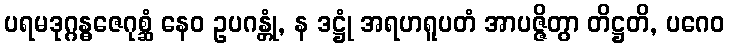
ပရမဒုဂ္ဂန္ဓဇေဂုစ္ဆံ နေဝ ဥပဂန္တုံ, န ဒဋ္ဌုံ အရဟရူပတံ အာပဇ္ဇိတွာ တိဋ္ဌတိ, ပဂေဝ